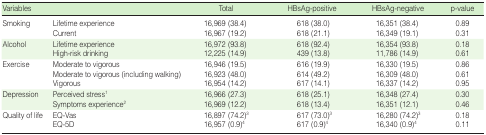
| Variables |  | Total | HBsAg-positive | HBsAg-negative | p-value |
 | --- | --- | --- | --- | --- | --- |
 | Smoking | Lifetime experience | 16,969 (38.4) | 618 (38.0) | 16,351 (38.4) | 0.89 |
 |  | Current | 16,967 (19.2) | 618 (21.1) | 16,349 (19.1) | 0.31 |
 | Alcohol | Lifetime experience | 16,972 (93.8) | 618 (92.4) | 16,354 (93.8) | 0.18 |
 |  | High-risk drinking | 12,225 (14.9) | 439 (13.8) | 11,786 (14.9) | 0.61 |
 | Exercise | Moderate to vigorous | 16,946 (19.5) | 616 (19.9) | 16,330 (19.5) | 0.86 |
 |  | Moderate to vigorous (including walking) | 16,923 (48.0) | 614 (49.2) | 16,309 (48.0) | 0.61 |
 |  | Vigorous | 16,954 (14.2) | 617 (14.1) | 16,337 (14.2) | 0.95 |
 | Depression | Perceived stress1 | 16,966 (27.3) | 618 (25.1) | 16,348 (27.4) | 0.30 |
 |  | Symptoms experience2 | 16,969 (12.2) | 618 (13.4) | 16,351 (12.1) | 0.46 |
 | Quality of life | EQ-Vas | 16,897 (74.2)3 | 617 (73.0)3 | 16,280 (74.2)3 | 0.18 |
 |  | EQ-5D | 16,957 (0.9)4 | 617 (0.9)4 | 16,340 (0.9)4 | 0.11 |